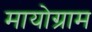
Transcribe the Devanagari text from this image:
मायोग्राम